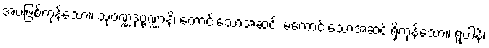
အပဖြစ်ကုန်သော။ သုဝဏ္ဏဒုဗ္ဗဏ္ဏာနိ၊ ကောင်းသောအဆင်း မကောင်းသောအဆင်းရှိကုန်သော။ ရူပါနိ၊